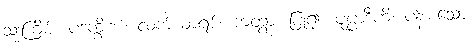
သုံးကြိမ်။ ပဒက္ခိဏ၊ လက်ယာရစ်။ ကတွာ၊ ပြု၍။ ပုပ္ပာဒီဟိ၊ ပန်းစသော